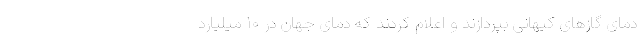
دمای گازهای کیهانی بپردازند و اعلام کردند که دمای جهان در ۱۰ میلیارد